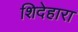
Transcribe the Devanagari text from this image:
शिदेहारा